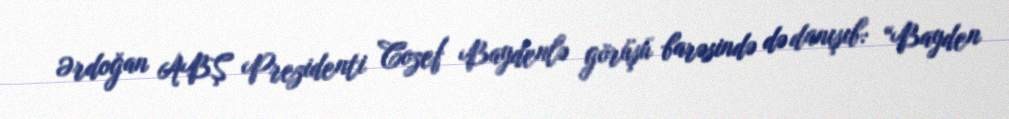
Ərdoğan ABŞ Prezidenti Cozef Baydenlə görüşü barəsində də danışıb: “Bayden